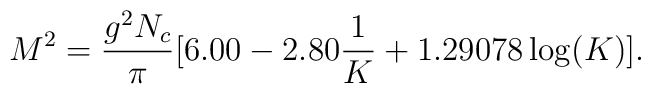
M^2=\frac{g^2N_c}{\pi}[6.00 - 2.80\frac{1}{K} + 1.29078 \log(K)].